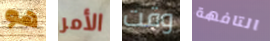
هو الأمر وقت التافهة